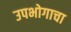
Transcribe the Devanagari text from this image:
उपभोगाचा